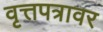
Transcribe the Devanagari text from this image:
वृत्तपत्रावर